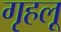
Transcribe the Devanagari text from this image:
गृहलू